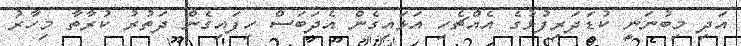
އަދި މިބުނަނީ ކުޑަދަރިފުޅުގެ އެއްޗެހި އަޅައިގެން އެދަބަސް ހިފައިގެން ދަތުރު ކުރާތާ މިހާރު